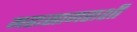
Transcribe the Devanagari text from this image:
महासागराशी